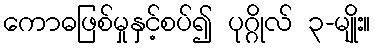
ကောဓဖြစ်မှုနှင့်စပ်၍ ပုဂ္ဂိုလ် ၃-မျိုး။